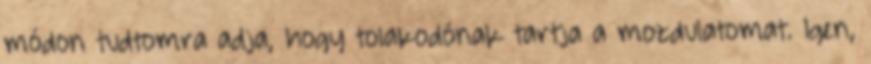
módon tudtomra adja, hogy tolakodónak tartja a mozdulatomat. Igen,